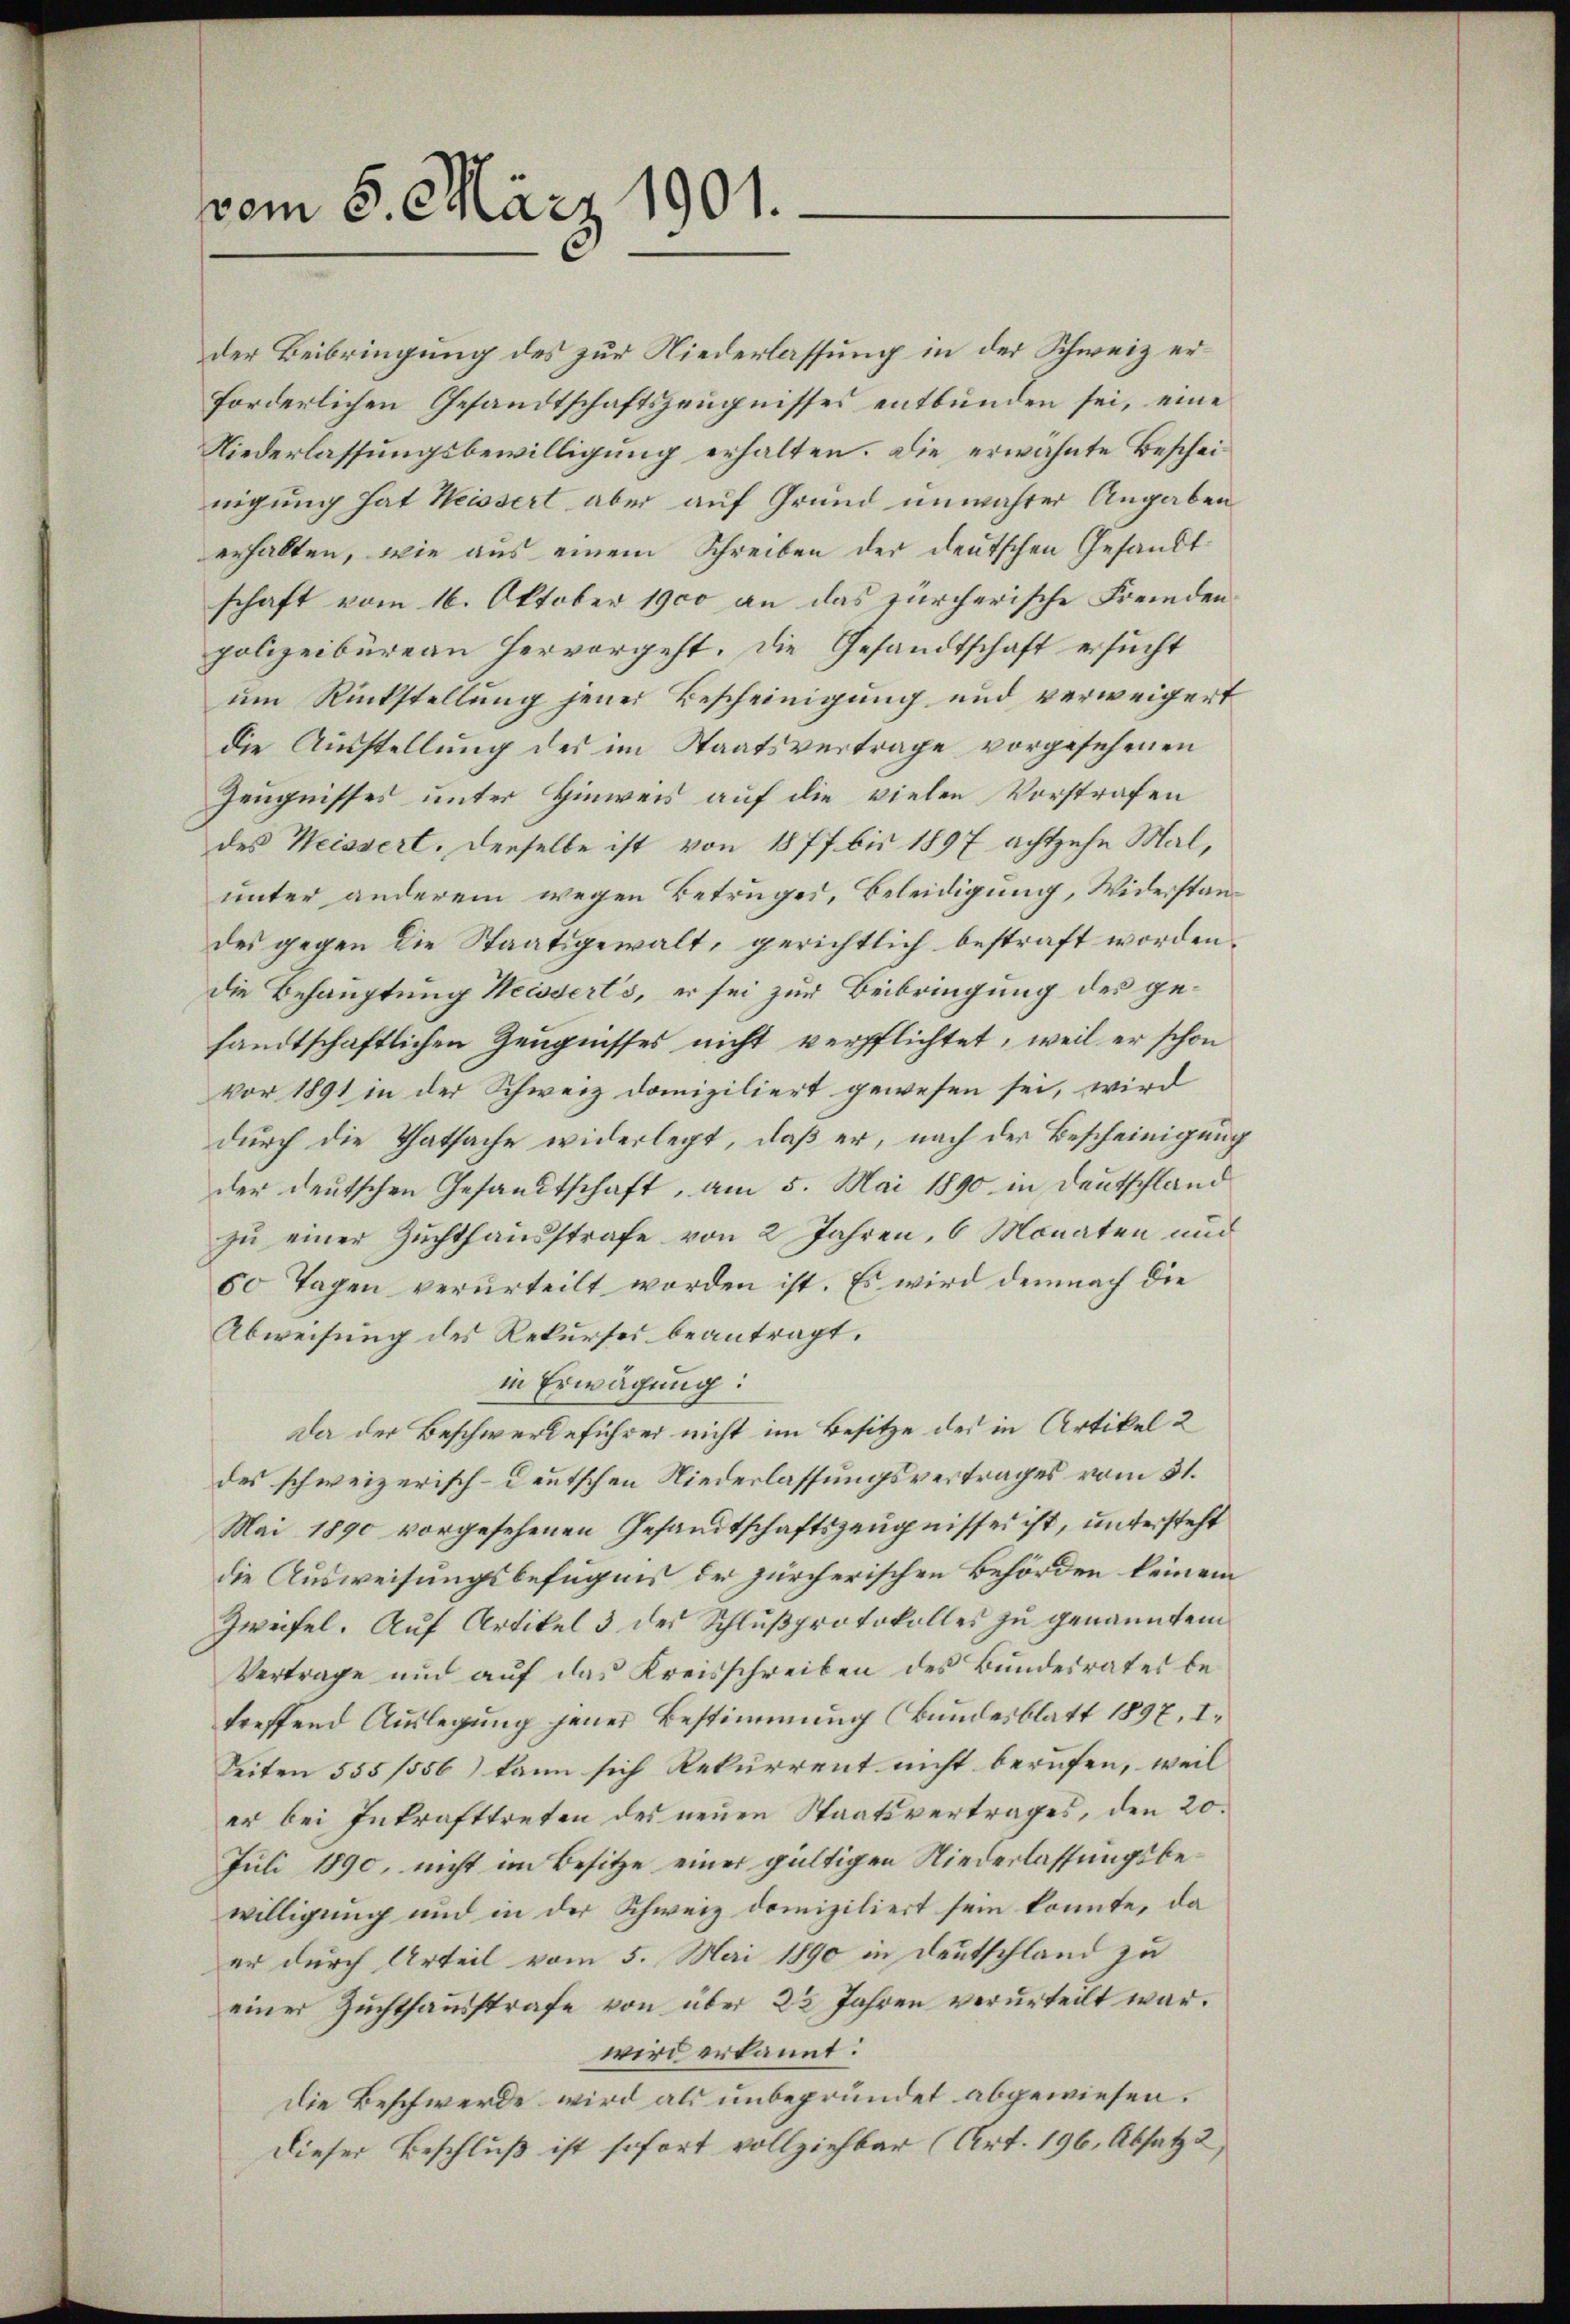
vom 5. März 1901.

der Beibringung des zur Niederlassung in der Schweiz erforderlichen Gesandtschaftszeugnisses entbunden sei, eine
Niederlassungsbewilligung erhalten. Die erwähnte Bescheinigung hat Weissert aber auf Grund unwahrer Angaben
erhalten, wie aus einem Schreiben der deutschen Gesandtschaft vom 16. Oktober 1900 an das zürcherische Fremden
polizeibüreau hervorgeht. Die Gesandtschaft ersucht
um Rückstellung jener Bescheinigung und verweigert
die Ausstellung des im Staatsvertrage vorgesehenen
Zeugnisses unter Hinweis auf die vielen Vorstrafen
des Weissert. Derselbe ist von 1877 bis 1897 achtzehn Mal,
unter anderem wegen Betruges, Beleidigung, Widerstandes gegen die Staatsgewalt, gerichtlich bestraft worden.
Die Behauptung Weissert’s, er sei zur Beibringung des gesandtschaftlichen Zeugnisses nicht verpflichtet, weil er schon
vor 1891 in der Schweiz domiziliert gewesen sei, wird
durch die Thatsache widerlegt, daß er, nach der Bescheinigung
der deutschen Gesandtschaft, am 5. Mai 1890 in Deutschland
zu einer Zuchthausstrafe von 2 Jahren, 6 Monaten und
60 Tagen verurteilt worden ist. Es wird demnach die
Abweisung des Rekurses beantragt.
in Erwägung:
Da der Beschwerdeführer nicht im Besitze des in Artikel 2
des schweizerisch-deutschen Niederlassungsvertrages vom 31.
Mai 1890 vorgesehenen Gesandtschaftszeugnisses ist, untersteht
die Ausweisungsbefugnis der zürcherischen Behörden keinem
Zweifel. Auf Artikel 3 des Schlußprotokolles zu genanntem
Vertrage und auf das Kreisschreiben des Bundesrates betreffend Auslegung jener Bestimmung (Bundesblatt 1897. I.
Seiten 555/556) kann sich Rekurrent nicht berufen, weil
er bei Inkrafttreten des neuen Staatsvertrages, den 20.
Juli 1890, nicht im Besitze einer gültigen Niederlassungsbewilligung und in der Schweiz domiziliert sein konnte, da
er durch Urteil vom 5. Mai 1890 in Deutschland zu
einer Zuchthausstrafe von über 22 Jahren verurteilt war.
wird erkannt:
die Beschwerde wird als unbegründet abgewiesen.
Dieser Beschluß ist sofort vollziehbar (Art. 196, Absatz 2,